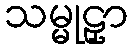
သမ္မုဠှာ